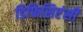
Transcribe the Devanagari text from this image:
डिफिसिएंसी